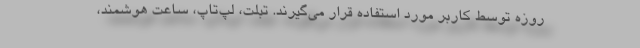
روزه توسط کاربر مورد استفاده قرار می‌گیرند. تبلت، لپ‌تاپ، ساعت هوشمند،